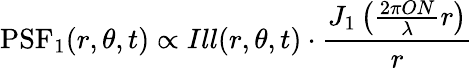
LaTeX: \textrm{PSF}_{1}(r,\theta,t)\propto Ill(r,\theta,t)\cdot\frac{J_{1}\left(\frac{2\pi ON}{\lambda}r\right)}{r}